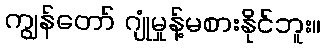
ကျွန်တော် ဂျုံမှုန့်မစားနိုင်ဘူး။